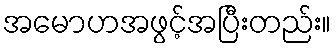
အမောဟအဖွင့်အပြီးတည်း။